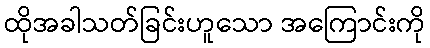
ထိုအခါသတ်ခြင်းဟူသော အကြောင်းကို